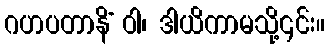
ဂဟပတာနိံ ဝါ၊ ဒါယိကာမသို့၎င်း။